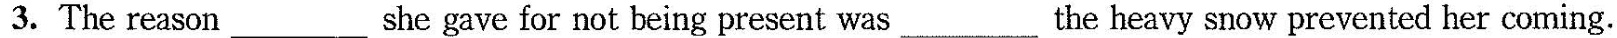
3. The reason she gave for not being present was___the heavy snow prevented her coming.